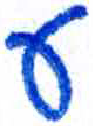
אות: ע